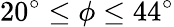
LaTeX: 20^{\circ}\leq\phi\leq 44^{\circ}